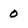
Character: 0